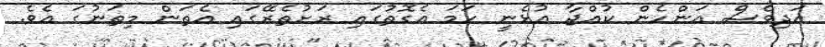
އަދިވެސް އަންހެން ކުއްޖާ އުޅެނީ ހަމަ އެގޮތުގައި ރަށުތެރޭގައި އެތަން މިތަނުގަ އެވެ.